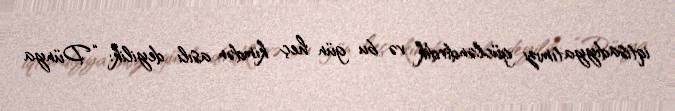
iqtisadiyyatımızı gücləndirdik və bu gün heç kimdən asılı deyilik: “Dünya